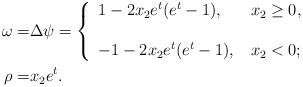
LaTeX: \begin{align*}\omega =& \Delta \psi = \left\{\begin{array}{ll}1-2x_2e^t(e^t-1), & \,x_2 \ge 0, \\ \\-1 - 2 x_2e^t(e^t-1), & \,x_2 < 0;\end{array}\right.\\\rho =& x_2 e^t.\end{align*}